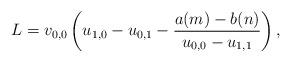
LaTeX: \begin{align*}L=v_{0,0}\left(u_{1,0}-u_{0,1}-\frac{a(m)-b(n)}{u_{0,0}-u_{1,1}}\right),\end{align*}